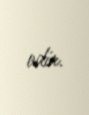
edir.